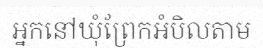
អ្នកនៅឃុំព្រែកអំបិលតាម